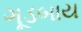
ગૂડબાય